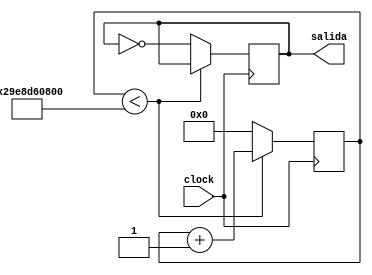
`timescale 1ns / 1ps
//////////////////////////////////////////////////////////////////////////////////
// Company: 
// Engineer: 
// 
// Design Name: 
// Module Name:    divisorFrecuenciaHor 
// Project Name: 
// Target Devices: 
// Tool versions: 
// Description: 
//
// Dependencies: 
//
// Revision: 
// Revision 0.01 - File Created
// Additional Comments: 
//
//////////////////////////////////////////////////////////////////////////////////
module divisorFrecuenciaHor(input clock,output salida);

reg freq;
reg[37:0]count;
reg[37:0]retraso = 38'h29E8D60800;

initial begin
freq =0;
count =0;
end

 always @ (posedge clock)
 begin
		if(count<retraso)
		  begin
		  
		  count <= count+1;
		  freq <= freq;
		  
		  end
		 else 
		  begin
		  
		  count <= 0;
		  freq <= ~freq;
		  //freq <= freq +1;
		  end
  end
     
  assign salida = freq;
  
endmodule